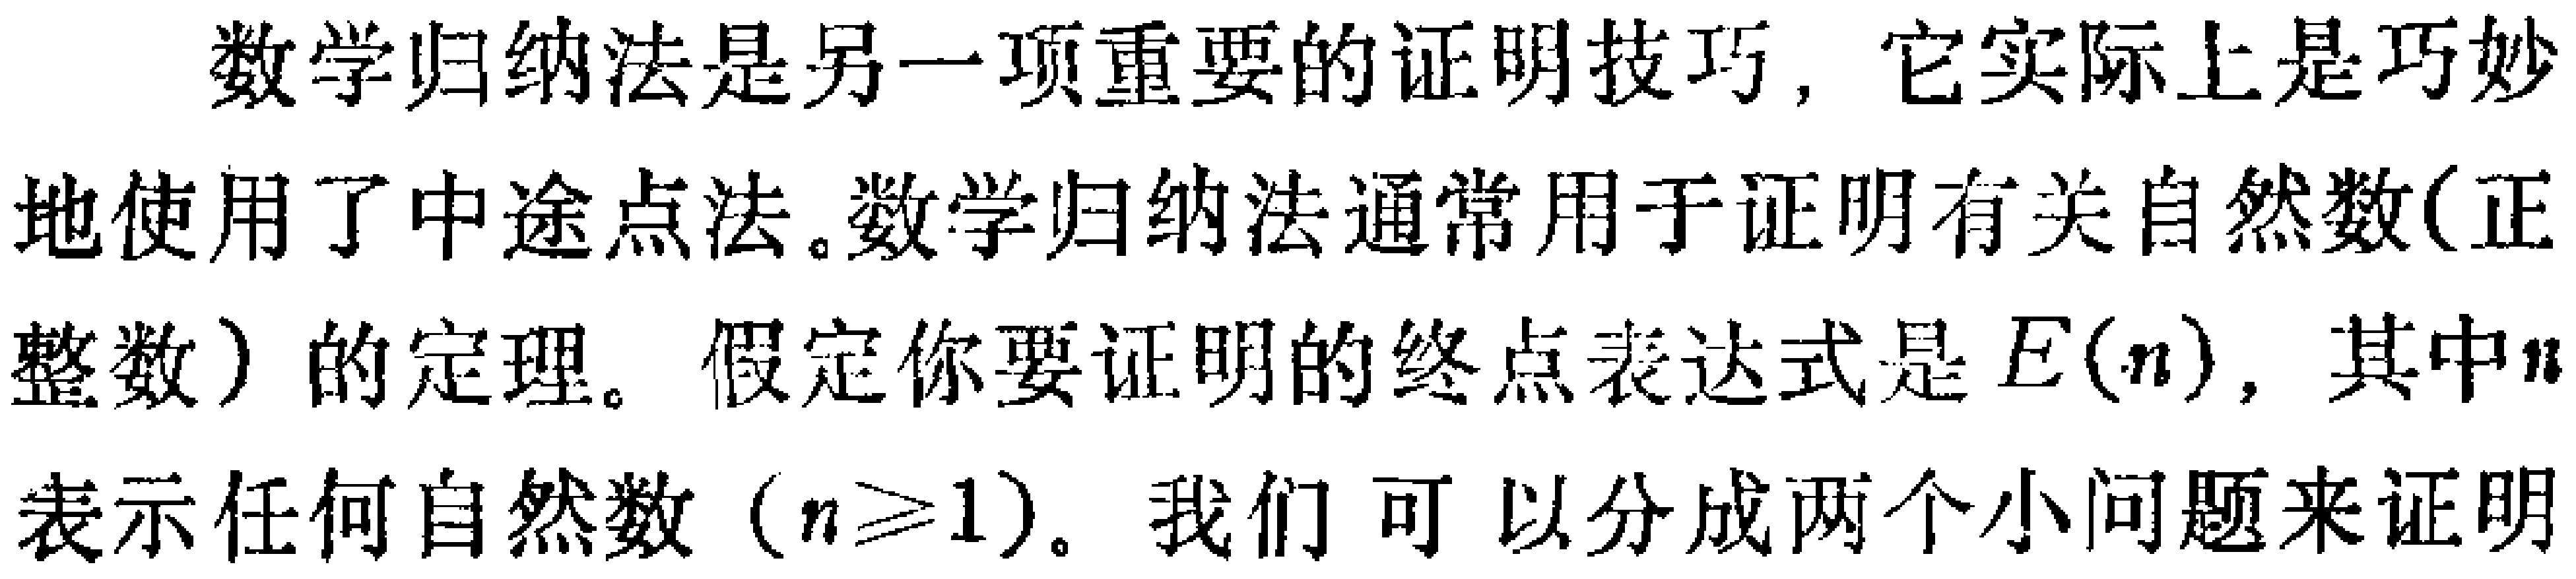
数学归纳法是另一项重要的证明技巧，它实际上是巧妙地使用了中途点法。数学归纳法通常用于证明有关自然数(正整数）的定理。假定你要证明的终点表达式是\(E(n)\)，其中\(n\)表示任何自然数（\(n\geq1\)）。我们可以分成两个小问题来证明